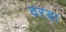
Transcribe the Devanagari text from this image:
वरडा